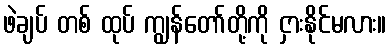
ဖဲချပ် တစ် ထုပ် ကျွန်တော်တို့ကို ငှားနိုင်မလား။